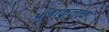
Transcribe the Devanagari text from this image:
अनाकुलत्व